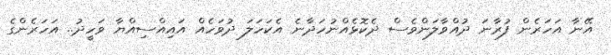
އޭނާ އަހަރެން ފުރާނަ ދުއްވާލަންވެސް ދެކޮޅެއްނުހަދާނެ އެކަހަލަ ދުވަހެއް އައިއްސިއްޔާ ވަހީދު.. އަހަރެންގެ